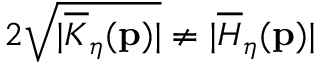
2 \sqrt { \vert \overline { { K } } _ { \eta } ( \mathbf { p } ) \vert } \neq \vert \overline { { H } } _ { \eta } ( \mathbf { p } ) \vert